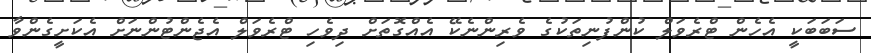
ސަބަބަކީ އެހެން ޓްރެވަލް ކުންފުނިތަކުގެ ވެރިންނެކޭ އެއްގޮތަށް ދިވެހި ޓްރެވަލް އެޖެންޓުންނަށް އެކަށީގެންވާ